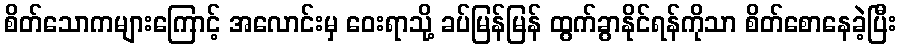
စိတ်သောကများကြောင့် အလောင်းမှ ဝေးရာသို့ ခပ်မြန်မြန် ထွက်ခွာနိုင်ရန်ကိုသာ စိတ်စောနေခဲ့ပြီး